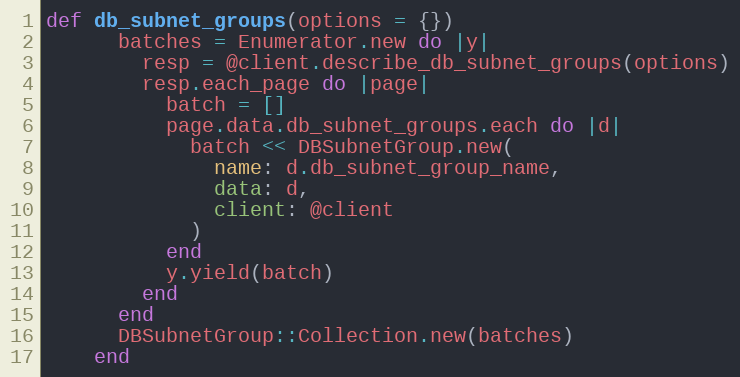
Language: Ruby
def db_subnet_groups(options = {})
      batches = Enumerator.new do |y|
        resp = @client.describe_db_subnet_groups(options)
        resp.each_page do |page|
          batch = []
          page.data.db_subnet_groups.each do |d|
            batch << DBSubnetGroup.new(
              name: d.db_subnet_group_name,
              data: d,
              client: @client
            )
          end
          y.yield(batch)
        end
      end
      DBSubnetGroup::Collection.new(batches)
    end